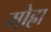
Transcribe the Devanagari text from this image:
मोह्रा